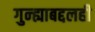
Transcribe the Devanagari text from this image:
गुन्ह्याबद्दलही